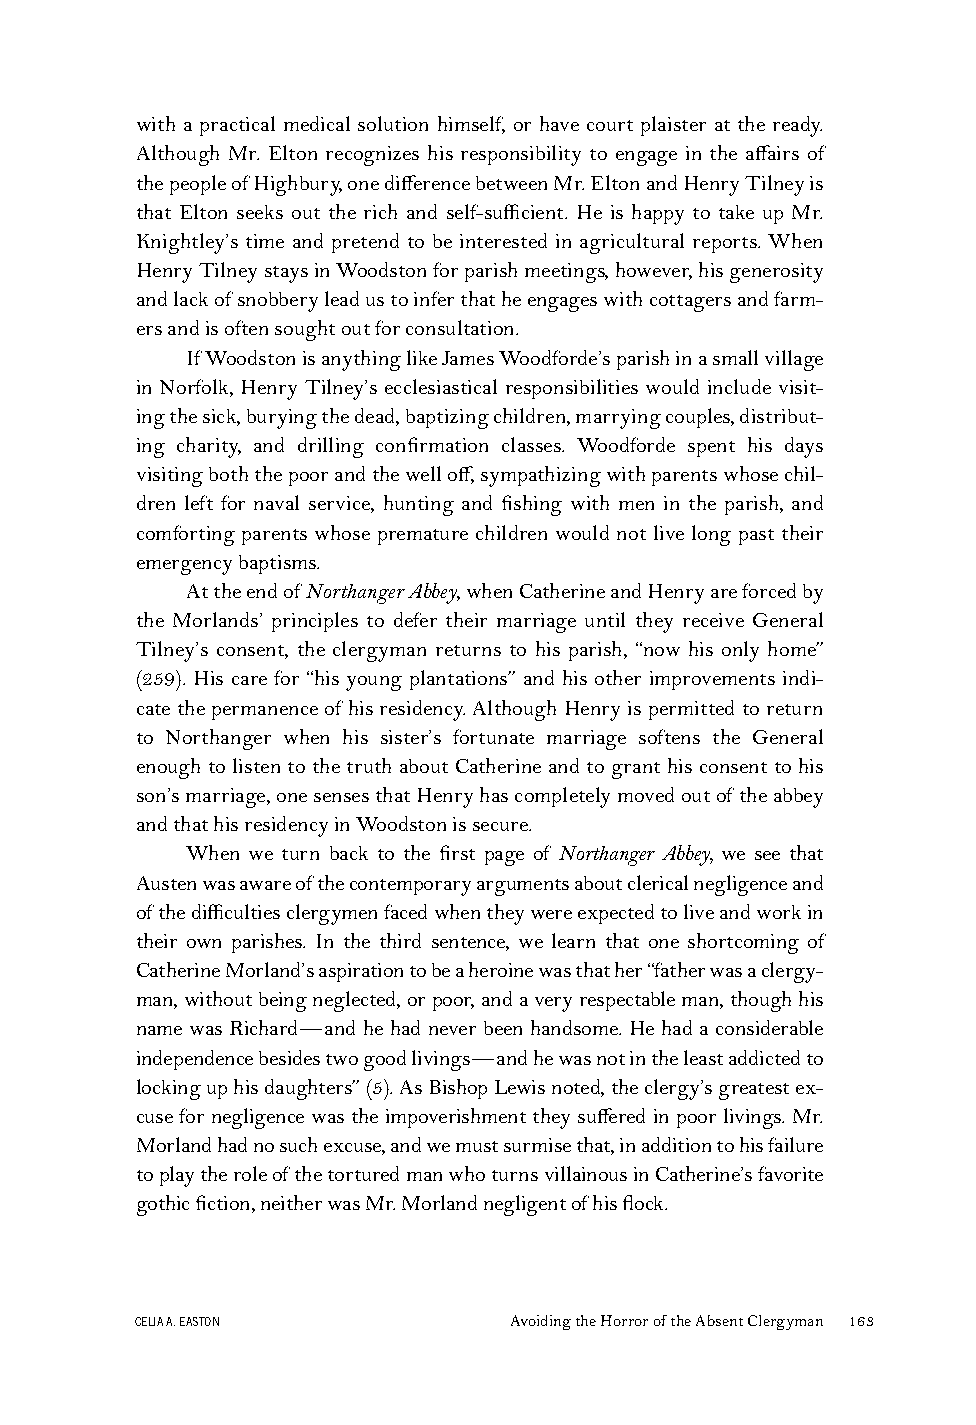
with a practical medical solution himself, or have court plaister at the ready.
 Although Mr. Elton recognizes his responsibility to engage in the affairs of
 thepeopleofHighbury,onedifferencebetweenMr.EltonandHenryTilneyis
 that Elton seeks out the rich and self-sufficient. He is happy to take up Mr.
 Knightley’s time and pretend to be interested in agricultural reports. When
 HenryTilneystaysinWoodstonforparishmeetings,however,hisgenerosity
 andlackofsnobberyleadustoinferthatheengageswithcottagersandfarm-
 ersandisoftensoughtoutforconsultation.
 IfWoodstonisanythinglikeJamesWoodforde’sparishinasmallvillage
 in Norfolk, Henry Tilney’s ecclesiastical responsibilities would include visit-
 ingthesick,buryingthedead,baptizingchildren,marryingcouples,distribut-
 ing charity, and drilling confirmation classes. Woodforde spent his days
 visitingboththepoorandthewelloff,sympathizingwithparentswhosechil-
 dren left for naval service, hunting and fishing with men in the parish, and
 comforting parents whose premature children would not live long past their
 emergencybaptisms.
 AttheendofNorthangerAbbey,whenCatherineandHenryareforcedby
 the Morlands’ principles to defer their marriage until they receive General
 Tilney’s consent, the clergyman returns to his parish, “now his only home”
 (259). His care for “his young plantations” and his other improvements indi-
 catethepermanenceof hisresidency.AlthoughHenryispermittedtoreturn
 to Northanger when his sister’s fortunate marriage softens the General
 enoughtolistentothetruthaboutCatherineandtogranthisconsenttohis
 son’smarriage,onesensesthatHenryhascompletelymovedoutoftheabbey
 andthathisresidencyinWoodstonissecure.
 When we turn back to the first page of Northanger Abbey, we see that
 Austenwasawareofthecontemporaryargumentsaboutclericalnegligenceand
 ofthedifficultiesclergymenfacedwhentheywereexpectedtoliveandworkin
 their own parishes. In the third sentence, we learn that one shortcoming of
 CatherineMorland’saspirationtobeaheroinewasthather“fatherwasaclergy-
 man,withoutbeingneglected,orpoor,andaveryrespectableman,thoughhis
 name was Richard—and he had never been handsome. He had a considerable
 independencebesidestwogoodlivings—andhewasnotintheleastaddictedto
 lockinguphisdaughters”(5).AsBishopLewisnoted,theclergy’sgreatestex-
 cusefornegligencewastheimpoverishmenttheysufferedinpoorlivings.Mr.
 Morlandhadnosuchexcuse,andwemustsurmisethat,inadditiontohisfailure
 toplaytheroleofthetorturedmanwhoturnsvillainousinCatherine’sfavorite
 gothicfiction,neitherwasMr.Morlandnegligentofhisflock.
 CELIAA.EASTON            AvoidingtheHorroroftheAbsentClergyman 163